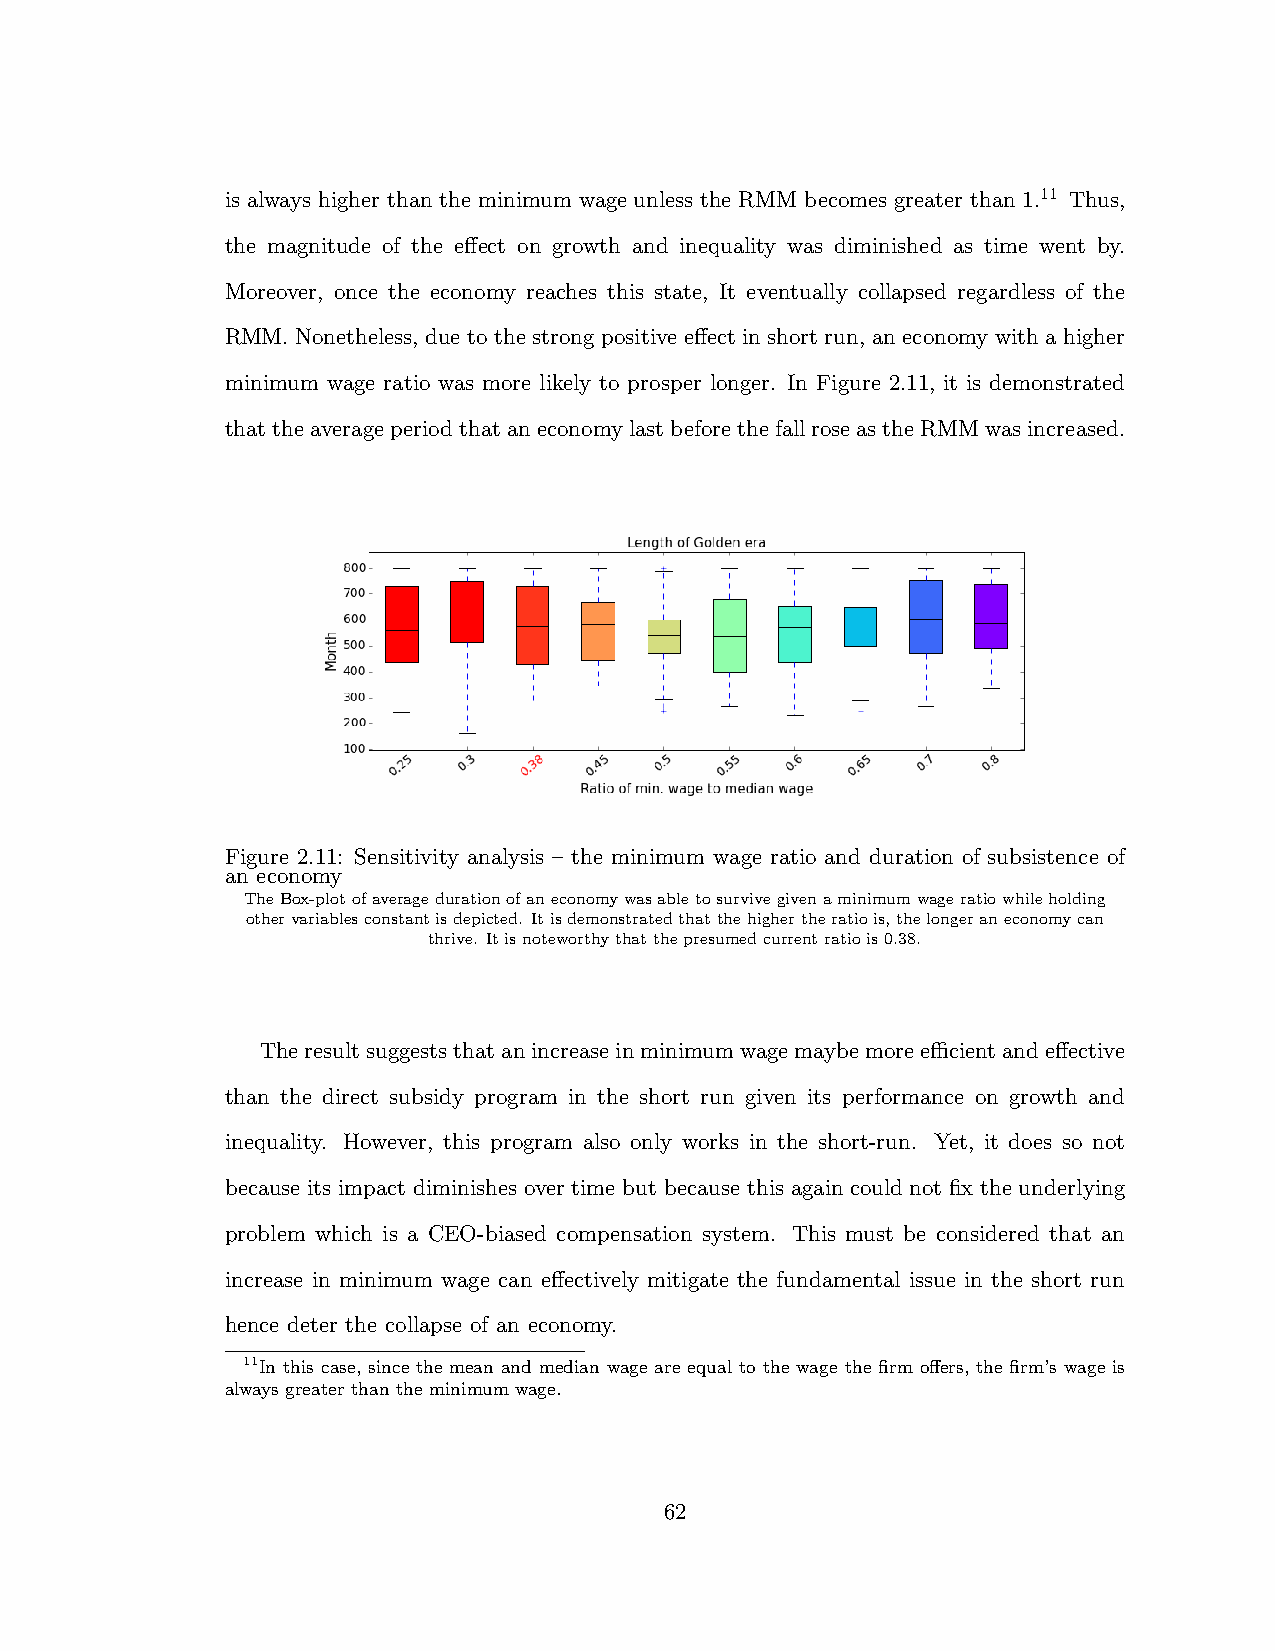
is always higher than the minimum wage unless the RMM becomes greater than 1.11 Thus,
 the magnitude of the e↵ect on growth and inequality was diminished as time went by.
 Moreover, once the economy reaches this state, It eventually collapsed regardless of the
 RMM. Nonetheless, due to the strong positive e↵ect in short run, an economy with a higher
 minimum wage ratio was more likely to prosper longer. In Figure 2.11, it is demonstrated
 thattheaverageperiodthataneconomylastbeforethefallroseastheRMMwasincreased.
 Figure 2.11: Sensitivity analysis – the minimum wage ratio and duration of subsistence of
 an economy
 TheBox-plotofaveragedurationofaneconomywasabletosurvivegivenaminimumwageratiowhileholding
 othervariablesconstantisdepicted. Itisdemonstratedthatthehighertheratiois,thelongeraneconomycan
 thrive. Itisnoteworthythatthepresumedcurrentratiois0.38.
 Theresultsuggeststhatanincreaseinminimumwagemaybemoreecientande↵ective
 than the direct subsidy program in the short run given its performance on growth and
 inequality. However, this program also only works in the short-run. Yet, it does so not
 because its impact diminishes over time but because this again could not fix the underlying
 problem which is a CEO-biased compensation system. This must be considered that an
 increase in minimum wage can e↵ectively mitigate the fundamental issue in the short run
 hence deter the collapse of an economy.
 11In this case, since the mean and median wage are equal to the wage the firm o↵ers, the firm’s wage is
 always greater than the minimum wage.
 62